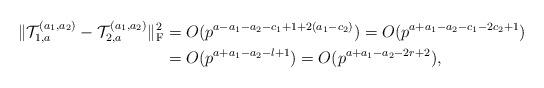
LaTeX: \begin{align*}\|\mathcal{T}_{1,a}^{(a_1,a_2)}-\mathcal{T}_{2,a}^{(a_1,a_2)}\|_{\rm F}^2&=O(p^{a-a_1-a_2-c_1+1+2(a_1-c_2)})=O(p^{a+a_1-a_2-c_1-2c_2+1})\\&=O(p^{a+a_1-a_2-l+1})=O(p^{a+a_1-a_2-2r+2}), \end{align*}